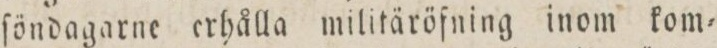
ſöndagarne erhålla militäröfning inom kom=